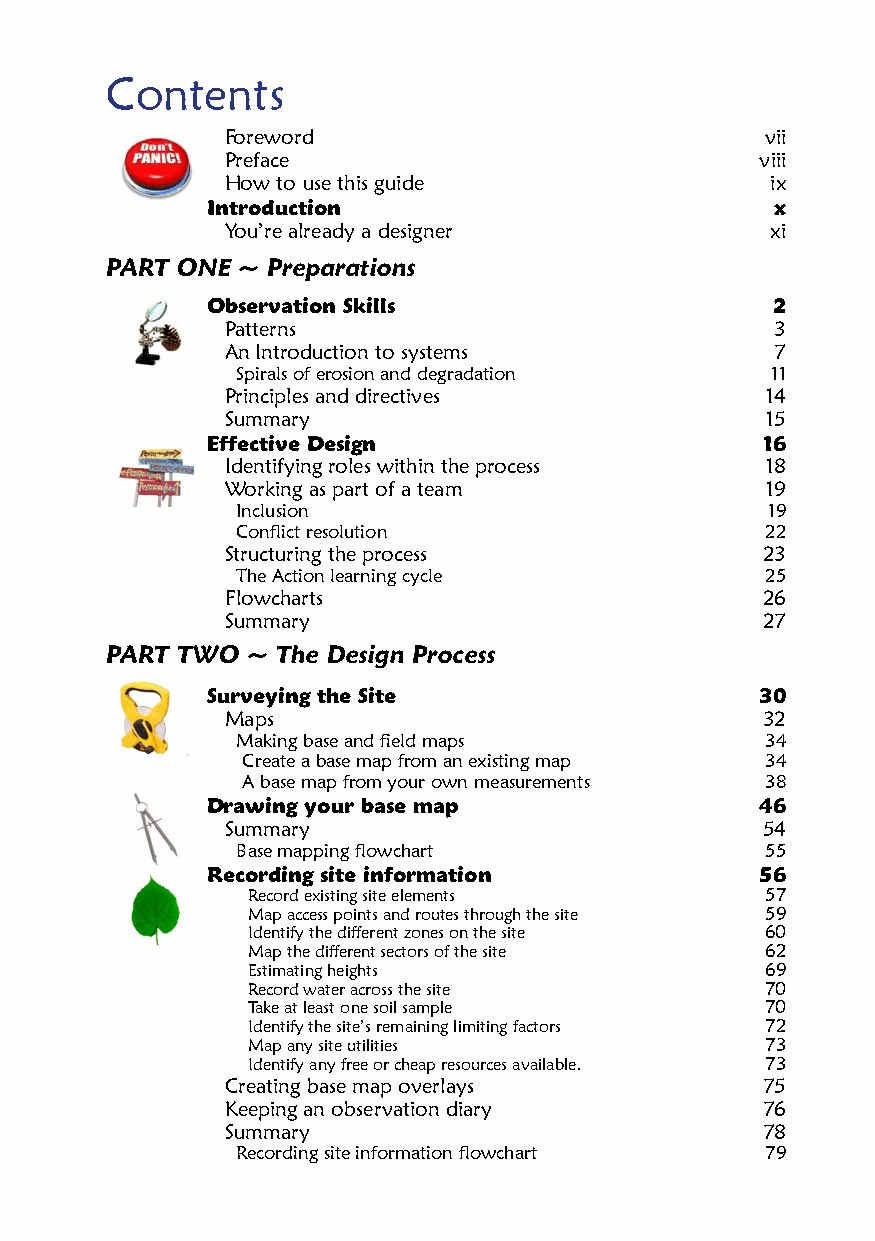
Contents
 Foreword                            vii
 Preface                            viii
 How to use this guide               ix
 Introduction                         x
 You’re already a designer           xi
 PART ONE ~ Preparations
 Observation Skills                   2
 Patterns                            3
 An Introduction to systems          7
 Spirals of erosion and degradation 11
 Principles and directives           14
 Summary                             15
 Effective Design                    16
 Identifying roles within the process 18
 Working as part of a team           19
 Inclusion                          19
 Conflict resolution                22
 Structuring the process            23
 The Action learning cycle          25
 Flowcharts                         26
 Summary                            27
 PART TWO ~ The Design Process
 Surveying the Site                  30
 Maps                               32
 Making base and field maps         34
 Create a base map from an existing map 34
 A base map from your own measurements 38
 Drawing your base map               46
 Summary                            54
 Base mapping flowchart             55
 Recording site information          56
 Record existing site elements      57
 Map access points and routes through the site 59
 Identify the different zones on the site 60
 Map the different sectors of the site 62
 Estimating heights                 69
 Record water across the site       70
 Take at least one soil sample      70
 Identify the site’s remaining limiting factors 72
 Map any site utilities             73
 Identify any free or cheap resources available. 73
 Creating base map overlays         75
 Keeping an observation diary       76
 Summary                            78
 Recording site information flowchart 79